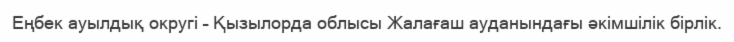
Еңбек ауылдық округі – Қызылорда облысы Жалағаш ауданындағы әкімшілік бірлік.